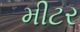
મીટર